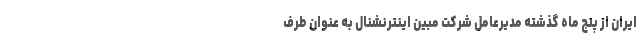
ایران از پنج ماه گذشته مدیرعامل شرکت مبین اینترنشنال به عنوان طرف